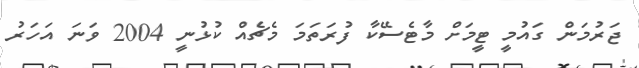
ޖަރުމަން ގައުމީ ޓީމަށް މާޓެސޭކާ ފުރަތަމަ މެޗެއް ކުޅުނީ 2004 ވަނަ އަހަރު